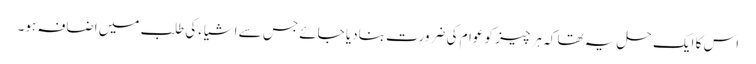
اس کا ایک حل یہ تھا کہ ہر چیز کو عوام کی ضرورت بنادیا جائے جس سے اشیاءکی طلب میں اضافہ ہو۔